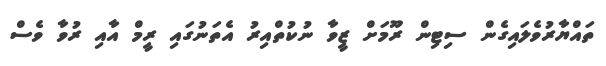
ތައްޔާރުވެލައިގެން ސިޓިން ރޫމަށް ޒީވާ ނުކުތްއިރު އެތަނުގައި ރީމް އާއި ރުވާ ވެސް